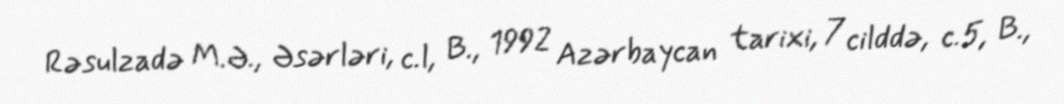
Rəsulzadə M.Ə., Əsərləri, c.l, B., 1992 Azərbaycan tarixi, 7 cilddə, c.5, B.,